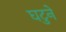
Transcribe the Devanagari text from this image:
घटुने